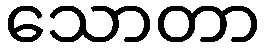
သောတာ